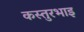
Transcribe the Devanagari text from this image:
कस्तुरभाइ